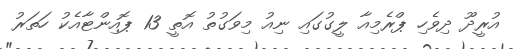
އުރީދޫ ދިވެހި ޕްރެމިއާ ލީގުގައި ނިއު މިވަގުތު އޮތީ 13 ޕޮއިންޓާއެކު ހަތަރު